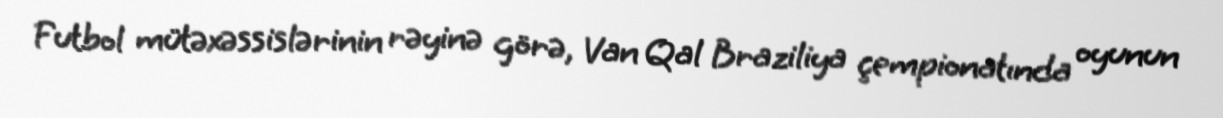
Futbol mütəxəssislərinin rəyinə görə, Van Qal Braziliya çempionatında oyunun